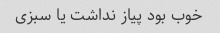
خوب بود پیاز نداشت یا سبزی